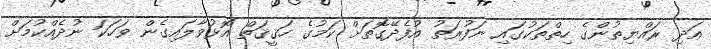
އަދި ރައްޔިތުންގެ ހިތްތަކުގައި ނަފުރަތު އުފެދޭގޮތަށް ކަމުގެ ހަޤީޤަތް އޮޅުވާލައިގެން ވަހަކަ ނުދެއްކުމަށް